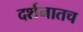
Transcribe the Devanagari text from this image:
दर्शनातच